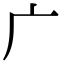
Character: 广